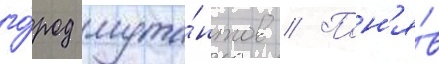
го́род мута́нтов // Пон'я́в